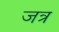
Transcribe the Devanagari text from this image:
जत्र